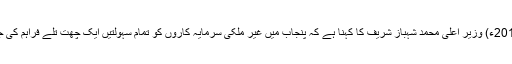
6مارچ 2014ء) وزیر اعلیٰ محمد شہباز شریف کا کہنا ہے کہ پنجاب میں غیر ملکی سرمایہ کاروں کو تمام سہولتیں ایک چھت تلے فراہم کی جا رہی ہیں۔